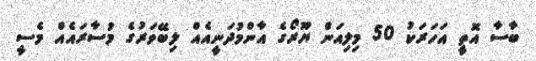
ބާސާ އޮތީ އަހަރަކު 50 މިލިއަން ޔޫރޯގެ އާންމުދަނީއެއް ލިބޭވަރުގެ މުސާރައެއް މެސީ